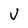
Character: v